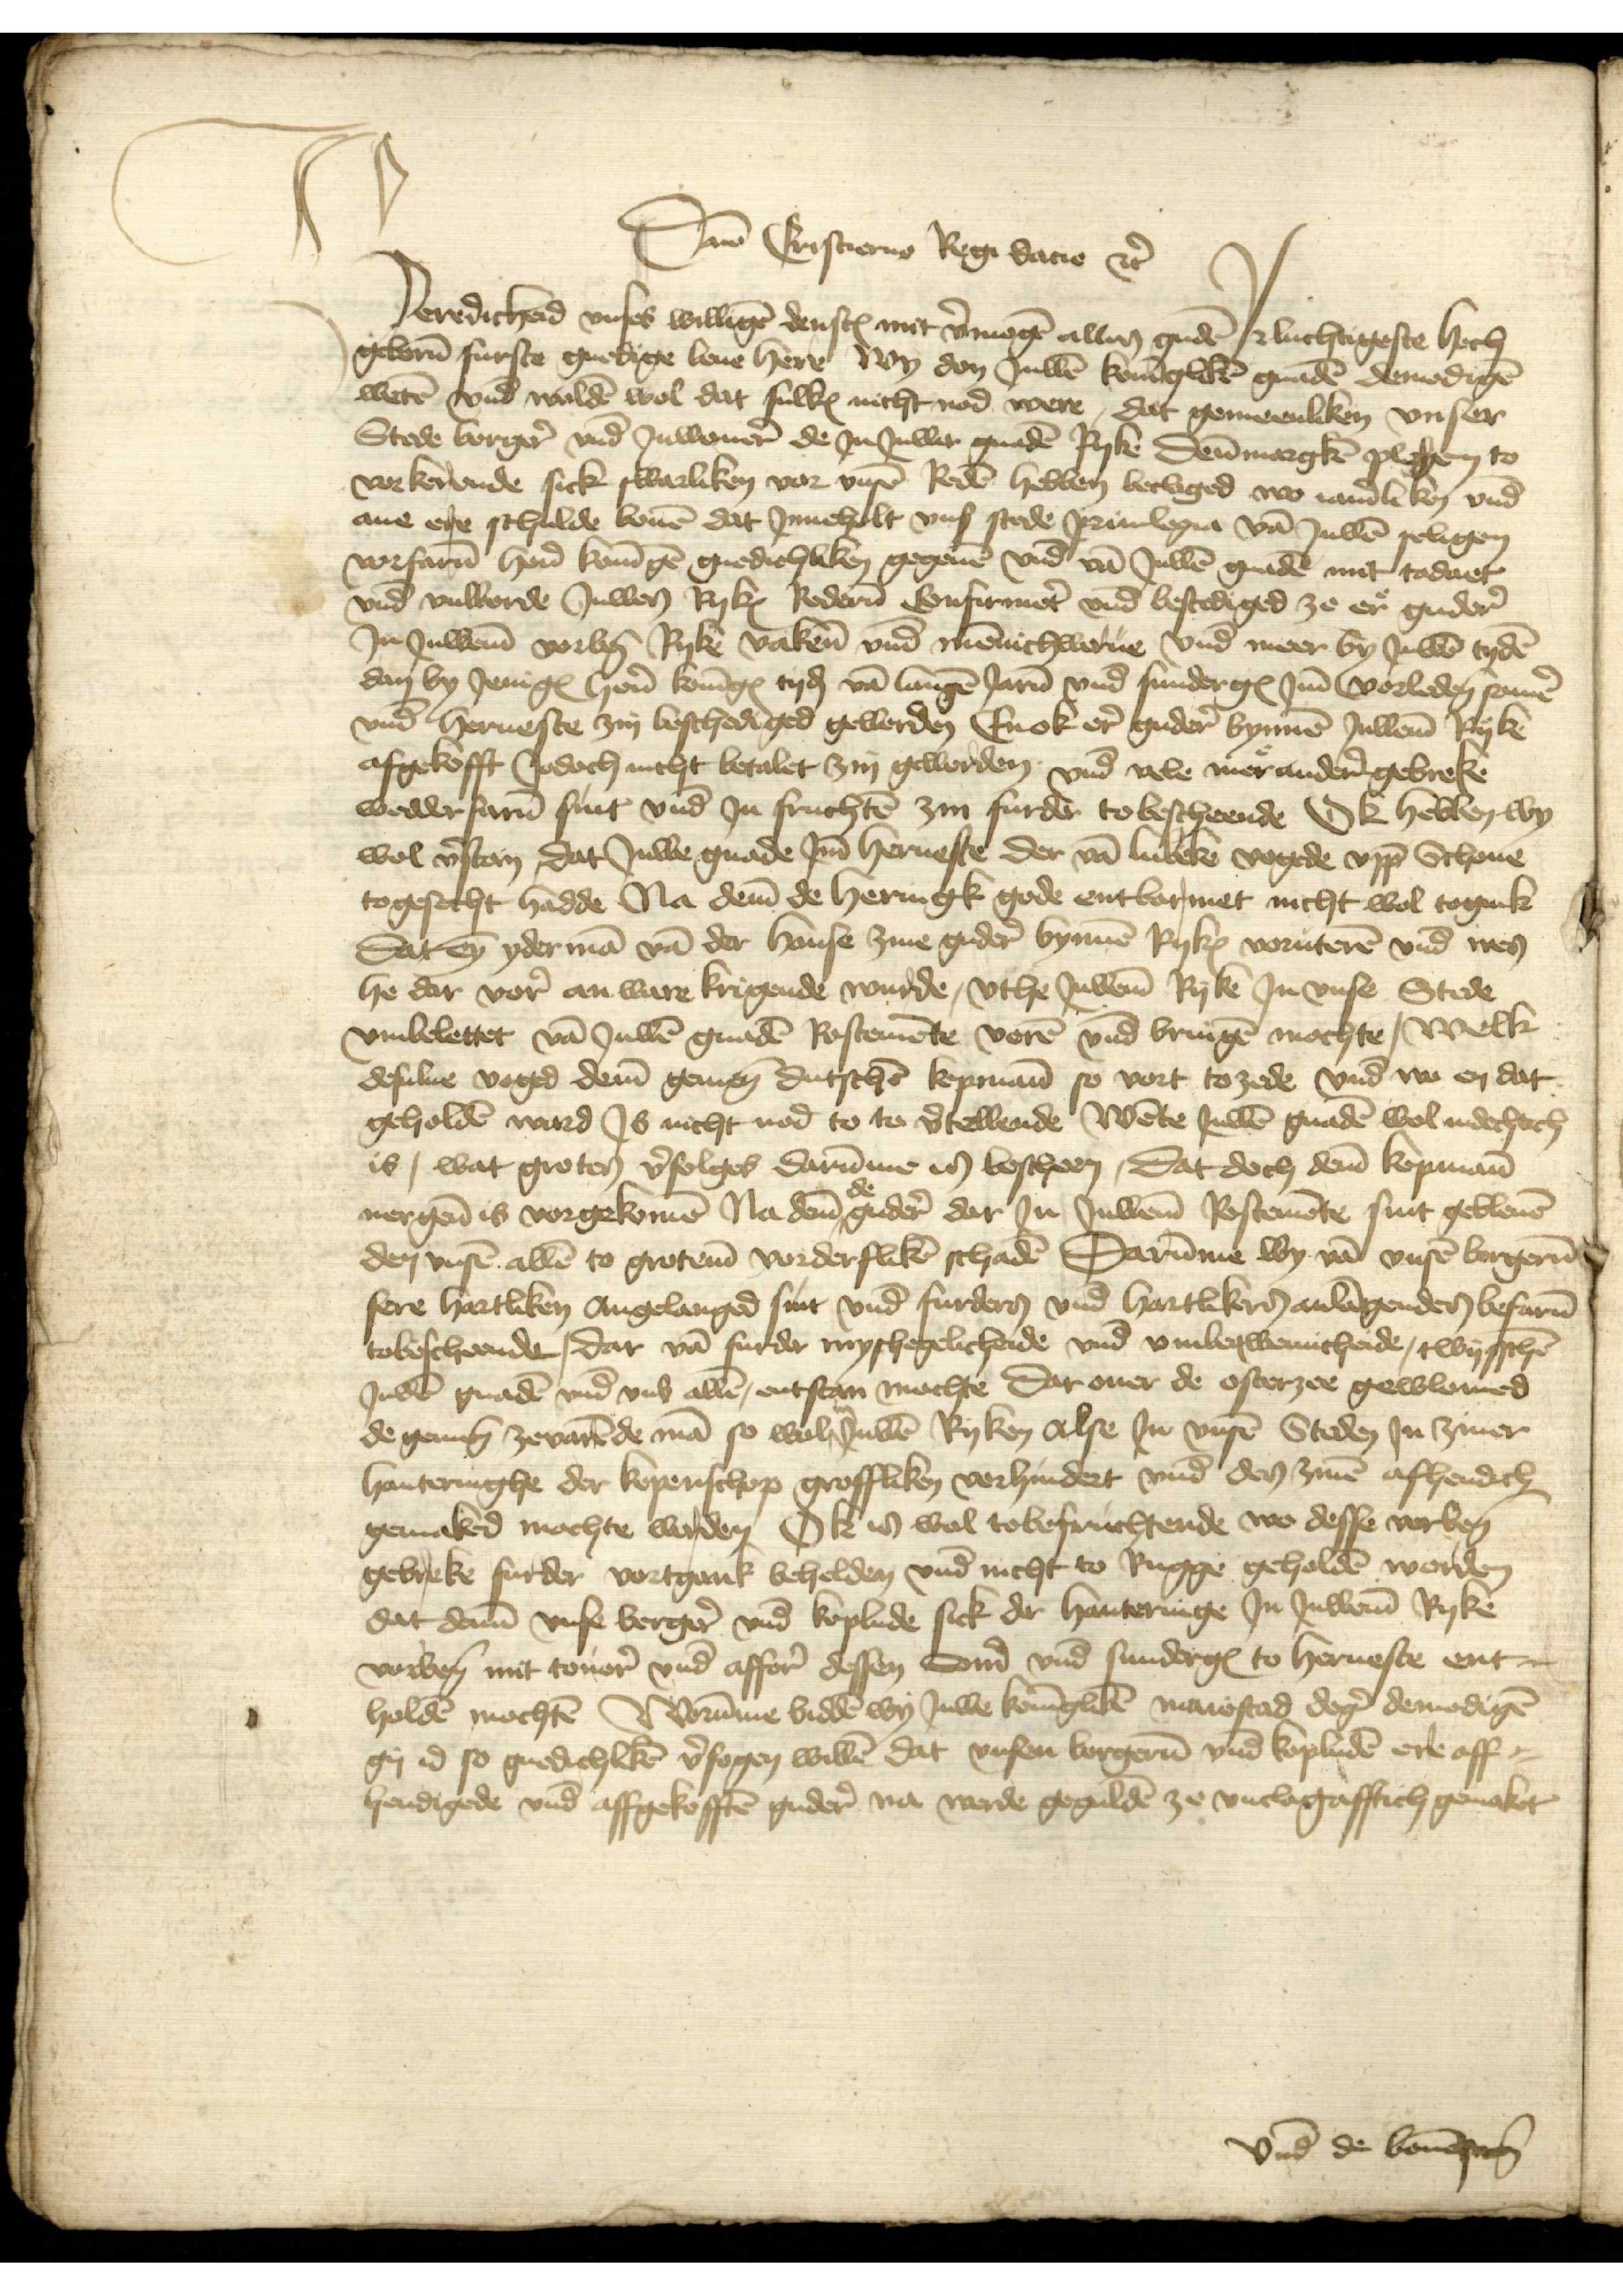
Dao Cristierns Regi dacie etcetera
Weredicheid vnses willigen denstes mit vermogen alles guden Jrluchtigeste hoch
gebornen furste gnedige leue here Wy don Juwen koningliken gnaden denodigen
weten vnd wolden wol dat sulkes nicht nod were, dat gemeenliken vnser
Stede borgere vnd Jnwonere de Jn Juwer gnaden Ryke Dennmargken plegen to
vorkeronde sick swarliken vor vnsen Reden hebben beclaged wo iandliken vnd
ane ere schulde bouen dat Jnneholt vnser stede priuilegia van Juwen seligen
vorfaren heren koningen gnedichliken gegeuen vnd van Juwen gnaden mit todaet
vnd vulborde Juwen Ryke Roderen confirmeten vnd bestediged ze ere guder
Jn Juwem vorbenomeden Ryke vaken vnd mennichwerue vnd meer by Juwen tyden
dan by Jeniges heren koninges tyd van langen Jaren vnd sunderges Jm vorleden sommer
vnd herueste zin beschedinged gewerden Enok ere gudere bynnen Juwem Ryke
afgekofft Jodoch nicht betalet zin gewerden vnd vele mere andere gebreke
wedderfaren sint vnd Jn fruchten zin furder to bescheende Ok hebben wy
wol vorstan, dat Juwe gnade Jm herueste der van Lubeke vogede vppe Schone
togesecht hadde Na deme de heringk gode entbarmet nicht wol togink
dat eyn yderman van der hanse zine guder bynnen Ryke voruteren vnd men
he dar vor an ware krigende wurde, vthe Juweme Ryke Jn vnse Stede
vnbelettet van Juwen gnaden Rostemente voren vnd bringen mochte, Welk
desulue voged deme gemenen dutschen kopmann so vort to zede vnd wo en dat
geholden ward Js nicht nod to to vertellende, Wente Juwen gnaden wol indechtich
is, wat groten vorfolges darumme in bescheen, Dat doch deme kopman
nergenen is vorgekomen Na deme de gudere dar Jn Juwem Rostemente sint gebleuen
den vnsen allen to groteme vorderfliken schaden Darumme wy van vnsen borgeren
sere hartliken Angelanged sint vnd furderen vnd hartlikeren anlangenden befaren
tobescheende, dar van furder myshegelicheide vnd vmbeqwemicheide, twisschen
Juwen gnaden vnd vns allen, entstan mochte dar ouer de osterzee gewlomed
de gemenen zevarende man so wolt in Juwen Ryken Alse jn vnsen Steden Jn ziner
hanteringhe der kopenschop grossliken verhindert vnd den zinen afhendich
gemaked mochte worden Ok is wol tobefruchtende wo desse vorbenomden
gebreke furder vortgank behelden vnd nicht to Rugge geholden worden
dat deme vnse borgere vnd koplude sick der Hanteringe Jn Juwem Ryke
vorbenomeden mit touere vnd affore dessen Somer vnd sunderges to herueste ent¬
holden mochten Worumme bidde wy Juwe koningliken maiestad dege demodigen
gy id so gnedichliken versogen willen dat vnsen borgeren vnd kopluden ere aff¬
hendigede vnd affgekofften guder na werde gegulden ze vnclagafftich gemaket

vnd de bouenscreuen